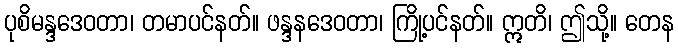
ပုစိမန္ဒဒေဝတာ၊ တမာပင်နတ်။ ဖန္ဒနဒေဝတာ၊ ကြို့ပင်နတ်။ ဣတိ၊ ဤသို့။ တေန